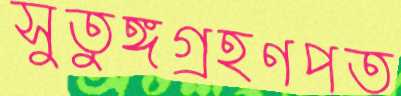
সুতুঙ্গগ্রহণপত